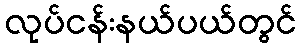
လုပ်ငန်းနယ်ပယ်တွင်